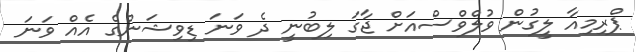
ޕްރިމިއާ ލީގުން ވުލްވްސްއަށް ޖާގަ ލިބުނީ ދެ ވަނަ ޑިވިޝަންގެ އެއް ވަނަ